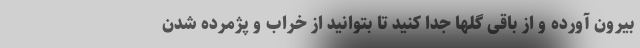
بیرون آورده و از باقی گلها جدا کنید تا بتوانید از خراب و پژمرده شدن